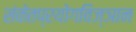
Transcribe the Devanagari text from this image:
संकेतप्रयोगविज्ञान